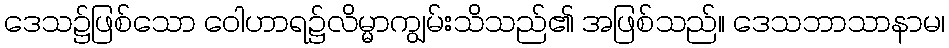
ဒေသ၌ဖြစ်သော ဝေါဟာရ၌လိမ္မာကျွမ်းသိသည်၏ အဖြစ်သည်။ ဒေသဘာသာနာမ၊